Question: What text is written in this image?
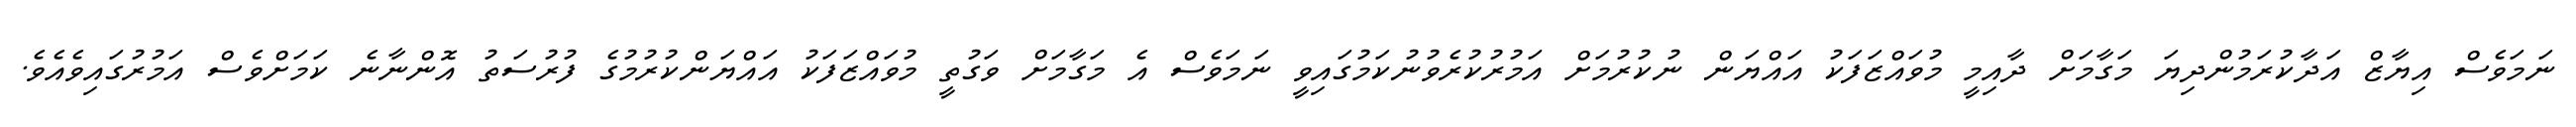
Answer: ނަމަވެސް އިޔާޒް އަދާކުރަމުންދިޔަ މަގާމަށް ދާއިމީ މުވައްޒަފަކު އައްޔަން ނުކުރުމަށް އަމުރުކުރެވުނުކަމުގައިވީ ނަމަވެސް އެ މަގާމަށް ވަގުތީ މުވައްޒަފަކު އައްޔަންކުރުމުގެ ފުރުސަތު އޮންނާނެ ކަމަށްވެސް އަމުރުގައިވެއެވެ.